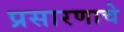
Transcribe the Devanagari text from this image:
प्रसारणाचे